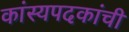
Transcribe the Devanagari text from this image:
कांस्यपदकांची